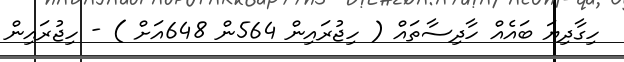
ހިގާދިޔަ ބައެއް ހާދިސާތައް ( ހިޖުރައިން 564ން 648އަށް ) - ހިޖުރައިން